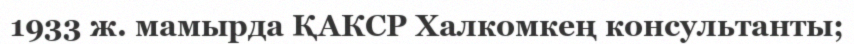
1933 ж. мамырда ҚАКСР Халкомкең консультанты;